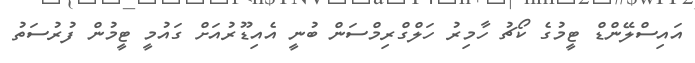
އައިސްލޭންޑް ޓީމުގެ ކޯޗު ހާމިރު ހަލްގްރިމްސަން ބުނީ އެއިޑޫރުއަށް ގައުމީ ޓީމުން ފުރުސަތު